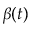
\beta ( t )